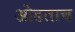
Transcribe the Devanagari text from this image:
ओढताच